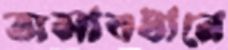
অসাবধানে